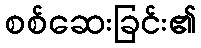
စစ်ဆေးခြင်း၏